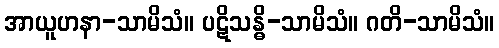
အာယူဟနာ-သာမိသံ။ ပဋိသန္ဓိ-သာမိသံ။ ဂတိ-သာမိသံ။